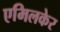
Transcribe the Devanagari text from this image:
एमिलकेर